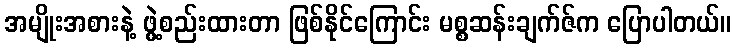
အမျိုးအစားနဲ့ ဖွဲ့စည်းထားတာ ဖြစ်နိုင်ကြောင်း မစ္စဆန်းချက်ဇ်က ပြောပါတယ်။